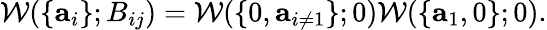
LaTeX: \mathcal{W}(\lbrace\mathbf{{a}}_{i}\rbrace;B_{ij})=\mathcal{W}(\lbrace0,\mathbf{{a}}_{i\neq1}\rbrace;0)\mathcal{W}(\lbrace\mathbf{{a}}_{1},0\rbrace;0).